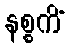
နစ္စကိံ